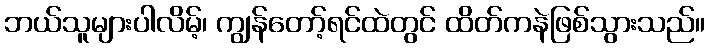
ဘယ်သူများပါလိမ့်၊ ကျွန်တော့်ရင်ထဲတွင် ထိတ်ကနဲဖြစ်သွားသည်။